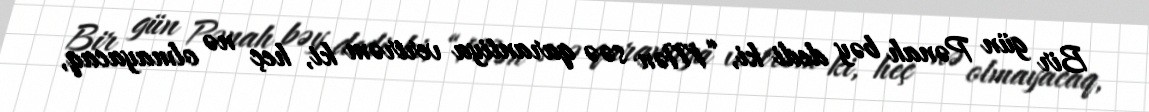
Bir gün Pənah bəy dedi ki, “Mən səə qarantiya verirəm ki, heç nə olmayacaq,